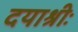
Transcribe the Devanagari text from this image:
दयाश्रीः